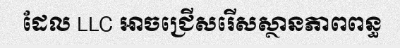
ដែល LLC អាចជ្រើសរើសស្ថានភាពពន្ធ